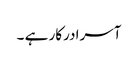
آسرا درکار ہے ۔